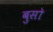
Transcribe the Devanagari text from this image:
बुसो